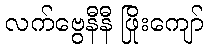
လက်ဗွေနီနီ ဖြိုးကျော်